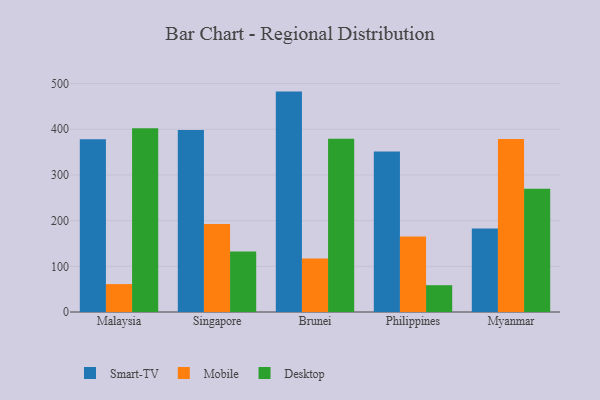
{"axis": {"x": "Country", "y": "Gross Profit (USD K)"}, "legend": ["Desktop", "Mobile", "Smart-TV"], "data": [{"x": "Malaysia", "y": 378.1, "type": "Smart-TV"}, {"x": "Malaysia", "y": 61.1, "type": "Mobile"}, {"x": "Malaysia", "y": 402.3, "type": "Desktop"}, {"x": "Singapore", "y": 398.7, "type": "Smart-TV"}, {"x": "Singapore", "y": 192.9, "type": "Mobile"}, {"x": "Singapore", "y": 132.4, "type": "Desktop"}, {"x": "Brunei", "y": 482.5, "type": "Smart-TV"}, {"x": "Brunei", "y": 117.2, "type": "Mobile"}, {"x": "Brunei", "y": 379.3, "type": "Desktop"}, {"x": "Philippines", "y": 351.6, "type": "Smart-TV"}, {"x": "Philippines", "y": 165.3, "type": "Mobile"}, {"x": "Philippines", "y": 58.7, "type": "Desktop"}, {"x": "Myanmar", "y": 182.6, "type": "Smart-TV"}, {"x": "Myanmar", "y": 378.8, "type": "Mobile"}, {"x": "Myanmar", "y": 269.6, "type": "Desktop"}]}